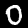
Digit: 0